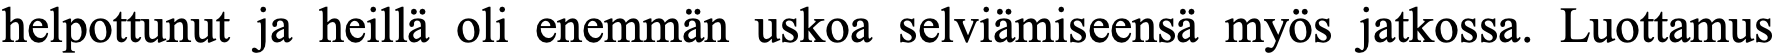
helpottunut ja heillä oli enemmän uskoa selviämiseensä myös jatkossa. Luottamus